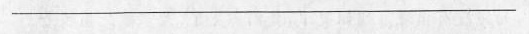
___